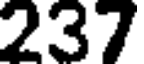
237